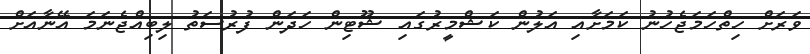
ވަރަށް ހިތްހަމަޖެހުނު ކަމަށާއި އަލުން ކަޝްމީރުގައި ޝޫޓިން ހަދަން ފުރުސަތު ލިބިއްޖެނަމަ އޭނާއަށް